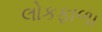
લોકફાળા